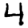
Digit: 4